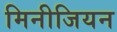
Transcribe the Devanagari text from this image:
मिनीजियन